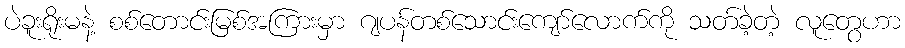
ပဲခူးရိုးမနဲ့ စစ်တောင်းမြစ်အကြားမှာ ဂျပန်တစ်သောင်းကျော်လောက်ကို သတ်ခဲ့တဲ့ လူတွေဟာ